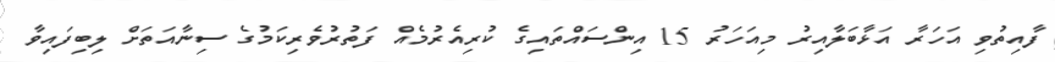
ފާއިތުވި އަހަރާ އަޅާބަލާއިރު މިއަހަރު 15 އިންސައްތައިގެ ކުރިއެރުމެއް ފަތުރުވެރިކަމުގެ ސިނާއަތަށް ލިބިފައިވާ